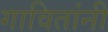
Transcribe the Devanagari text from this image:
गावितांनी